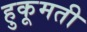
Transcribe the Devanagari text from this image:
हुकूमती